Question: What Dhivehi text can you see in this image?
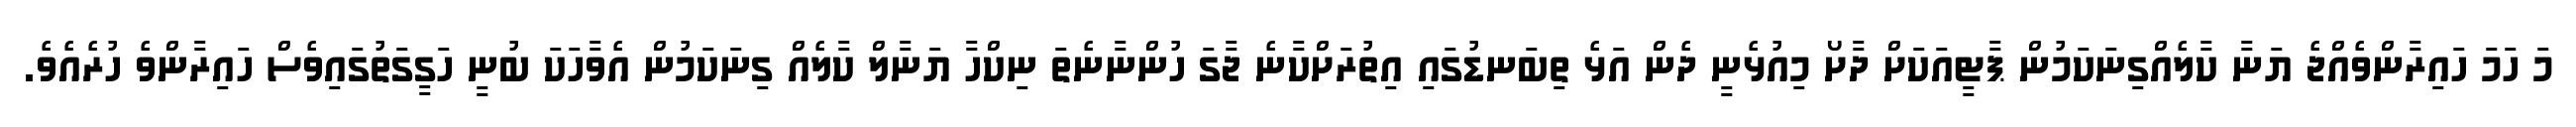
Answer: މަ ހަމަ ހައިރާންވެއްޖެ ޔަނާ ކާލެއްގިނަކަމުން ޕާޓީއަކަށް ދާށޯ މިއުޅެނީ ދެން އަޅެ ތިބަނޑުގައި އިތުރަށްކާނެ ޖާގަ ހުންނާނެތަ ނިކްހާ ޔަނާލް ކާލެއް ގިނަކަމުން އެވާހަކަ ބުނީ ހަގީގަތުގައިވެސް ހައިރާންވެ ހުރެއެވެ.